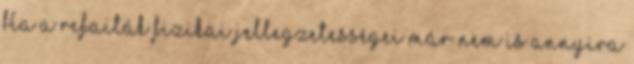
Ha a refaiták fizikai jellegzetességei már nem is annyira